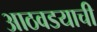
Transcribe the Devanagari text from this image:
आठवडयाची